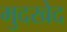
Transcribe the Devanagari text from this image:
मुदखेद